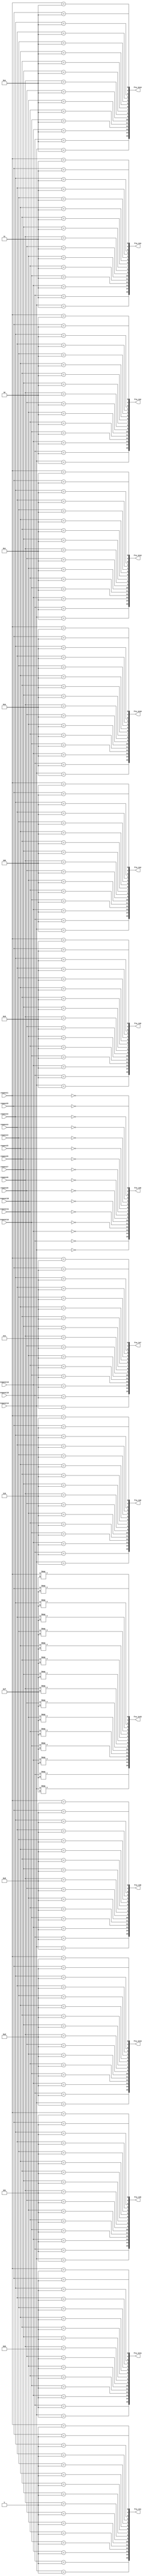
module classifi ( fra_in0, fra_in1,fra_in2, fra_in3,fra_in4,fra_in5,fra_in6,fra_in7,
						fra_in8, fra_in9,fra_in10, fra_in11,fra_in12,fra_in13,fra_in14,fra_in15,
						request0, request1, request2, request3, request4, request5, request6, request7,
						request8, request9, request10, request11, request12, request13, request14, request15
);

							output[15:0] fra_in0;
							output[15:0] fra_in1;
							output[15:0] fra_in2;
							output[15:0] fra_in3;
							output[15:0] fra_in4;
							output[15:0] fra_in5;
							output[15:0] fra_in6;
							output[15:0] fra_in7;
							output[15:0] fra_in8;
							output[15:0] fra_in9;
							output[15:0] fra_in10;
							output[15:0] fra_in11;
							output[15:0] fra_in12;
							output[15:0] fra_in13;
							output[15:0] fra_in14;
							output[15:0] fra_in15;
							input[3:0] request0, request1, request2, request3, request4, request5, request6, request7;
							input[3:0] request8, request9, request10, request11, request12, request13, request14, request15;
							
assign fra_in0[0]  = (request0==4'b0000);
assign fra_in0[1]  = (request1==4'b0000);
assign fra_in0[2]  = (request2==4'b0000);
assign fra_in0[3]  = (request3==4'b0000);
assign fra_in0[4]  = (request4==4'b0000);
assign fra_in0[5]  = (request5==4'b0000);
assign fra_in0[6]  = (request6==4'b0000);
assign fra_in0[7]  = (request7==4'b0000);
assign fra_in0[8]  = (request8==4'b0000);
assign fra_in0[9]  = (request9==4'b0000);
assign fra_in0[10] = (request10==4'b0000);
assign fra_in0[11] = (request11==4'b0000);
assign fra_in0[12] = (request12==4'b0000);
assign fra_in0[13] = (request13==4'b0000);
assign fra_in0[14] = (request14==4'b0000);
assign fra_in0[15] = (request15==4'b0000);

assign fra_in1[0]  = (request0==4'b0001);
assign fra_in1[1]  = (request1==4'b0001);
assign fra_in1[2]  = (request2==4'b0001);
assign fra_in1[3]  = (request3==4'b0001);
assign fra_in1[4]  = (request4==4'b0001);
assign fra_in1[5]  = (request5==4'b0001);
assign fra_in1[6]  = (request6==4'b0001);
assign fra_in1[7]  = (request7==4'b0001);
assign fra_in1[8]  = (request8==4'b0001);
assign fra_in1[9]  = (request9==4'b0001);
assign fra_in1[10] = (request10==4'b0001);
assign fra_in1[11] = (request11==4'b0001);
assign fra_in1[12] = (request12==4'b0001);
assign fra_in1[13] = (request13==4'b0001);
assign fra_in1[14] = (request14==4'b0001);
assign fra_in1[15] = (request15==4'b0001);

assign fra_in2[0]  = (request0==4'b0010);
assign fra_in2[1]  = (request1==4'b0010);
assign fra_in2[2]  = (request2==4'b0010);
assign fra_in2[3]  = (request3==4'b0010);
assign fra_in2[4]  = (request4==4'b0010);
assign fra_in2[5]  = (request5==4'b0010);
assign fra_in2[6]  = (request6==4'b0010);
assign fra_in2[7]  = (request7==4'b0010);
assign fra_in2[8]  = (request8==4'b0010);
assign fra_in2[9]  = (request9==4'b0010);
assign fra_in2[10] = (request10==4'b0010);
assign fra_in2[11] = (request11==4'b0010); 
assign fra_in2[12] = (request12==4'b0010);
assign fra_in2[13] = (request13==4'b0010);
assign fra_in2[14] = (request14==4'b0010);
assign fra_in2[15] = (request15==4'b0010);

assign fra_in3[0]  = (request0==4'b0011) ;
assign fra_in3[1]  = (request1==4'b0011) ;
assign fra_in3[2]  = (request2==4'b0011);
assign fra_in3[3]  = (request3==4'b0011) ;
assign fra_in3[4]  = (request4==4'b0011); 
assign fra_in3[5]  = (request5==4'b0011) ;
assign fra_in3[6]  = (request6==4'b0011) ;
assign fra_in3[7]  = (request7==4'b0011) ;
assign fra_in3[8]  = (request8==4'b0011) ;
assign fra_in3[9]  = (request9==4'b0011) ;
assign fra_in3[10] = (request10==4'b0011);
assign fra_in3[11] = (request11==4'b0011) ;
assign fra_in3[12] = (request12==4'b0011) ;
assign fra_in3[13] = (request13==4'b0011) ;
assign fra_in3[14] = (request14==4'b0011) ;
assign fra_in3[15] = (request15==4'b0011) ;

assign fra_in4[0] = (request0==4'b0100);
assign fra_in4[1] = (request1==4'b0100) ;
assign fra_in4[2] = (request2==4'b0100);
assign fra_in4[3] = (request3==4'b0100);
assign fra_in4[4] = (request4==4'b0100) ;
assign fra_in4[5] = (request5==4'b0100) ; 
assign fra_in4[6] = (request6==4'b0100) ;
assign fra_in4[7] = (request7==4'b0100) ; 
assign fra_in4[8] = (request8==4'b0100) ;
assign fra_in4[9] = (request9==4'b0100) ;
assign fra_in4[10] = (request10==4'b0100);
assign fra_in4[11] = (request11==4'b0100) ;
assign fra_in4[12] = (request12==4'b0100); 
assign fra_in4[13] = (request13==4'b0100); 
assign fra_in4[14] = (request14==4'b0100);
assign fra_in4[15] = (request15==4'b0100);

assign fra_in5[0] = (request0==4'b0101)  ;
assign fra_in5[1] = (request1==4'b0101) ;
assign fra_in5[2] = (request2==4'b0101) ;
assign fra_in5[3] = (request3==4'b0101)  ;
assign fra_in5[4] = (request4==4'b0101);
assign fra_in5[5] = (request5==4'b0101)  ;
assign fra_in5[6] = (request6==4'b0101)  ;
assign fra_in5[7] = (request7==4'b0101) ;
assign fra_in5[8] = (request8==4'b0101)  ;
assign fra_in5[9] = (request9==4'b0101)  ;
assign fra_in5[10] = (request10==4'b0101) ;
assign fra_in5[11] = (request11==4'b0101) ;
assign fra_in5[12] = (request12==4'b0101) ;
assign fra_in5[13] = (request13==4'b0101) ;
assign fra_in5[14] = (request14==4'b0101) ;
assign fra_in5[15] = (request15==4'b0101) ;

assign fra_in6[0] = (request0==4'b0110) ;
assign fra_in6[1] = (request1==4'b0110) ;
assign fra_in6[2] = (request2==4'b0110) ;
assign fra_in6[3] = (request3==4'b0110) ;
assign fra_in6[4] = (request4==4'b0110)  ;
assign fra_in6[5] = (request5==4'b0110) ;
assign fra_in6[6] = (request6==4'b0110)  ;
assign fra_in6[7] = (request7==4'b0110)  ;
assign fra_in6[8] = (request8==4'b0110)  ;
assign fra_in6[9] = (request9==4'b0110)  ;
assign fra_in6[10] = (request10==4'b0110) ;
assign fra_in6[11] = (request11==4'b0110) ;
assign fra_in6[12] = (request12==4'b0110) ;
assign fra_in6[13] = (request13==4'b0110) ;
assign fra_in6[14] = (request14==4'b0110) ;
assign fra_in6[15] = (request15==4'b0110) ;

assign fra_in7[0] = (request0==4'b0111)  ;
assign fra_in7[1] = (request1==4'b0111)  ;
assign fra_in7[2] = (request2==4'b0111)  ;
assign fra_in7[3] = (request3==4'b0111)  ;
assign fra_in7[4] = (request4==4'b0111)  ;
assign fra_in7[5] = (request5==4'b0111)  ;
assign fra_in7[6] = (request6==4'b0111)  ;
assign fra_in7[7] = (request7==4'b0111) ;
assign fra_in7[8] = (request8==4'b0111)  ;
assign fra_in7[9] = (request9==4'b0111)  ;
assign fra_in7[10] = (request10==4'b0111);
assign fra_in7[11] = (request11==4'b0111) ;
assign fra_in7[12] = (request12==4'b0111) ;
assign fra_in7[13] = (request13==4'b0111) ;
assign fra_in7[14] = (request14==4'b0111) ;
assign fra_in7[15] = (request15==4'b0111);

assign fra_in8[0] = (request0==4'b1000)  ;
assign fra_in8[1] = (request1==4'b1000) ;
assign fra_in8[2] = (request2==4'b1000) ;
assign fra_in8[3] = (request3==4'b1000)  ;
assign fra_in8[4] = (request4==4'b1000)  ;
assign fra_in8[5] = (request5==4'b1000)  ;
assign fra_in8[6] = (request6==4'b1000)  ;
assign fra_in8[7] = (request7==4'b1000) ;
assign fra_in8[8] = (request8==4'b1000)  ;
assign fra_in8[9] = (request9==4'b1000)  ;
assign fra_in8[10] = (request10==4'b1000);
assign fra_in8[11] = (request11==4'b1000) ;
assign fra_in8[12] = (request12==4'b1000) ;
assign fra_in8[13] = (request13==4'b1000) ;
assign fra_in8[14] = (request14==4'b1000) ;
assign fra_in8[15] = (request15==4'b1000) ;

assign fra_in9[0] = (request0==4'b1001)  ;
assign fra_in9[1] = (request1==4'b1001)  ;
assign fra_in9[2] = (request2==4'b1001)  ;
assign fra_in9[3] = (request3==4'b1001)  ;
assign fra_in9[4] = (request4==4'b1001) ;
assign fra_in9[5] = (request5==4'b1001)  ;
assign fra_in9[6] = (request6==4'b1001)  ;
assign fra_in9[7] = (request7==4'b1001)  ;
assign fra_in9[8] = (request8==4'b1001)  ;
assign fra_in9[9] = (request9==4'b1001)  ;
assign fra_in9[10] = (request10==4'b1001) ;
assign fra_in9[11] = (request11==4'b1001) ;
assign fra_in9[12] = (request12==4'b1001) ;
assign fra_in9[13] = (request13==4'b1001) ;
assign fra_in9[14] = (request14==4'b1001) ;
assign fra_in9[15] = (request15==4'b1001) ;

assign fra_in10[0] = (request0==4'b1010)  ;
assign fra_in10[1] = (request1==4'b1010) ;
assign fra_in10[2] = (request2==4'b1010) ;
assign fra_in10[3] = (request3==4'b1010) ;
assign fra_in10[4] = (request4==4'b1010) ;
assign fra_in10[5] = (request5==4'b1010) ;
assign fra_in10[6] = (request6==4'b1010) ;
assign fra_in10[7] = (request7==4'b1010) ;
assign fra_in10[8] = (request8==4'b1010) ;
assign fra_in10[9] = (request9==4'b1010) ;
assign fra_in10[10] = (request10==4'b1010);
assign fra_in10[11] = (request11==4'b1010) ;
assign fra_in10[12] = (request12==4'b1010) ;
assign fra_in10[13] = (request13==4'b1010) ;
assign fra_in10[14] = (request14==4'b1010) ;
assign fra_in10[15] = (request15==4'b1010) ;

assign fra_in11[0] = (request0==4'b1011)  ;
assign fra_in11[1] = (request1==4'b1011)  ;
assign fra_in11[2] = (request2==4'b1011)  ;
assign fra_in11[3] = (request3==4'b1011)  ;
assign fra_in11[4] = (request4==4'b1011)  ;
assign fra_in11[5] = (request5==4'b1011)  ;
assign fra_in11[6] = (request6==4'b1011)  ;
assign fra_in11[7] = (request7==4'b1011)  ;
assign fra_in11[8] = (request8==4'b1011)  ;
assign fra_in11[9] = (request9==4'b1011)  ;
assign fra_in11[10] = (request10==4'b1011) ;
assign fra_in11[11] = (request11==4'b1011) ;
assign fra_in11[12] = (request12==4'b1011) ;
assign fra_in11[13] = (request13==4'b1011) ;
assign fra_in11[14] = (request14==4'b1011) ;
assign fra_in11[15] = (request15==4'b1011) ;

assign fra_in12[0] = (request0==4'b1100)  ;
assign fra_in12[1] = (request1==4'b1100)  ;
assign fra_in12[2] = (request2==4'b1100)  ;
assign fra_in12[3] = (request3==4'b1100)  ;
assign fra_in12[4] = (request4==4'b1100)  ;
assign fra_in12[5] = (request5==4'b1100)  ;
assign fra_in12[6] = (request6==4'b1100)  ;
assign fra_in12[7] = (request7==4'b1100)  ;
assign fra_in12[8] = (request8==4'b1100)  ;
assign fra_in12[9] = (request9==4'b1100)  ;
assign fra_in12[10] = (request10==4'b1100) ;
assign fra_in12[11] = (request11==4'b1100) ;
assign fra_in12[12] = (request12==4'b1100) ;
assign fra_in12[13] = (request13==4'b1100) ;
assign fra_in12[14] = (request14==4'b1100) ;
assign fra_in12[15] = (request15==4'b1100) ;

assign fra_in13[0] = (request0==4'b1101)  ;
assign fra_in13[1] = (request1==4'b1101)  ;
assign fra_in13[2] = (request2==4'b1101)  ;
assign fra_in13[3] = (request3==4'b1101)  ;
assign fra_in13[4] = (request4==4'b1101)  ;
assign fra_in13[5] = (request5==4'b1101)  ;
assign fra_in13[6] = (request6==4'b1101)  ;
assign fra_in13[7] = (request7==4'b1101)  ;
assign fra_in13[8] = (request8==4'b1101)  ;
assign fra_in13[9] = (request9==4'b1101)  ;
assign fra_in13[10] = (request10==4'b1101) ;
assign fra_in13[11] = (request11==4'b1101);
assign fra_in13[12] = (request12==4'b1101) ;
assign fra_in13[13] = (request13==4'b1101) ;
assign fra_in13[14] = (request14==4'b1101) ;
assign fra_in13[15] = (request15==4'b1101) ;

assign fra_in14[0] = (request0==4'b1110)  ;
assign fra_in14[1] = (request1==4'b1110)  ;
assign fra_in14[2] = (request2==4'b1110)  ;
assign fra_in14[3] = (request3==4'b1110)  ;
assign fra_in14[4] = (request4==4'b1110)  ;
assign fra_in14[5] = (request5==4'b1110)  ;
assign fra_in14[6] = (request6==4'b1110)  ;
assign fra_in14[7] = (request7==4'b1110)  ;
assign fra_in14[8] = (request8==4'b1110)  ;
assign fra_in14[9] = (request9==4'b1110)  ;
assign fra_in14[10] = (request10==4'b1110) ;
assign fra_in14[11] = (request11==4'b1110) ;
assign fra_in14[12] = (request12==4'b1110) ;
assign fra_in14[13] = (request13==4'b1110) ;
assign fra_in14[14] = (request14==4'b1110) ;
assign fra_in14[15] = (request15==4'b1110) ;

assign fra_in15[0] = (request0===4'b1111);
assign fra_in15[1] = (request1===4'b1111);
assign fra_in15[2] = (request2===4'b1111);
assign fra_in15[3] = (request3===4'b1111);
assign fra_in15[4] = (request4===4'b1111);
assign fra_in15[5] = (request5===4'b1111);
assign fra_in15[6] = (request6===4'b1111);
assign fra_in15[7] = (request7===4'b1111);
assign fra_in15[8] = (request8===4'b1111);
assign fra_in15[9] = (request9===4'b1111);
assign fra_in15[10] = (request10===4'b1111);
assign fra_in15[11] = (request11===4'b1111);
assign fra_in15[12] = (request12===4'b1111);
assign fra_in15[13] = (request13===4'b1111);
assign fra_in15[14] = (request14===4'b1111);
assign fra_in15[15] = (request15===4'b1111);
endmodule